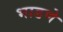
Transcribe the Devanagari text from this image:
भाडणे